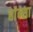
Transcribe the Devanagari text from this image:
हांन्सा